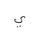
Letter: _ya